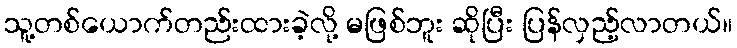
သူ့တစ်ယောက်တည်းထားခဲ့လို့ မဖြစ်ဘူး ဆိုပြီး ပြန်လှည့်လာတယ်။